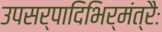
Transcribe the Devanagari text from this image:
उपसर्पादिभिर्मंत्रैः